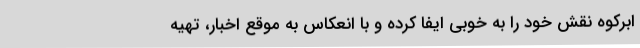
ابرکوه نقش خود را به خوبی ایفا کرده و با انعکاس به موقع اخبار، تهیه